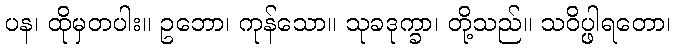
ပန၊ ထိုမှတပါး။ ဥဘော၊ ကုန်သော။ သုခဒုက္ခာ၊ တို့သည်။ သဝိပ္ဖါရတော၊